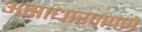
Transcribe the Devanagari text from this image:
असाधारणपणे